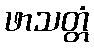
ဖာသတ္တံ